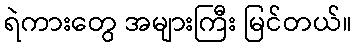
ရဲကားတွေ အများကြီး မြင်တယ်။